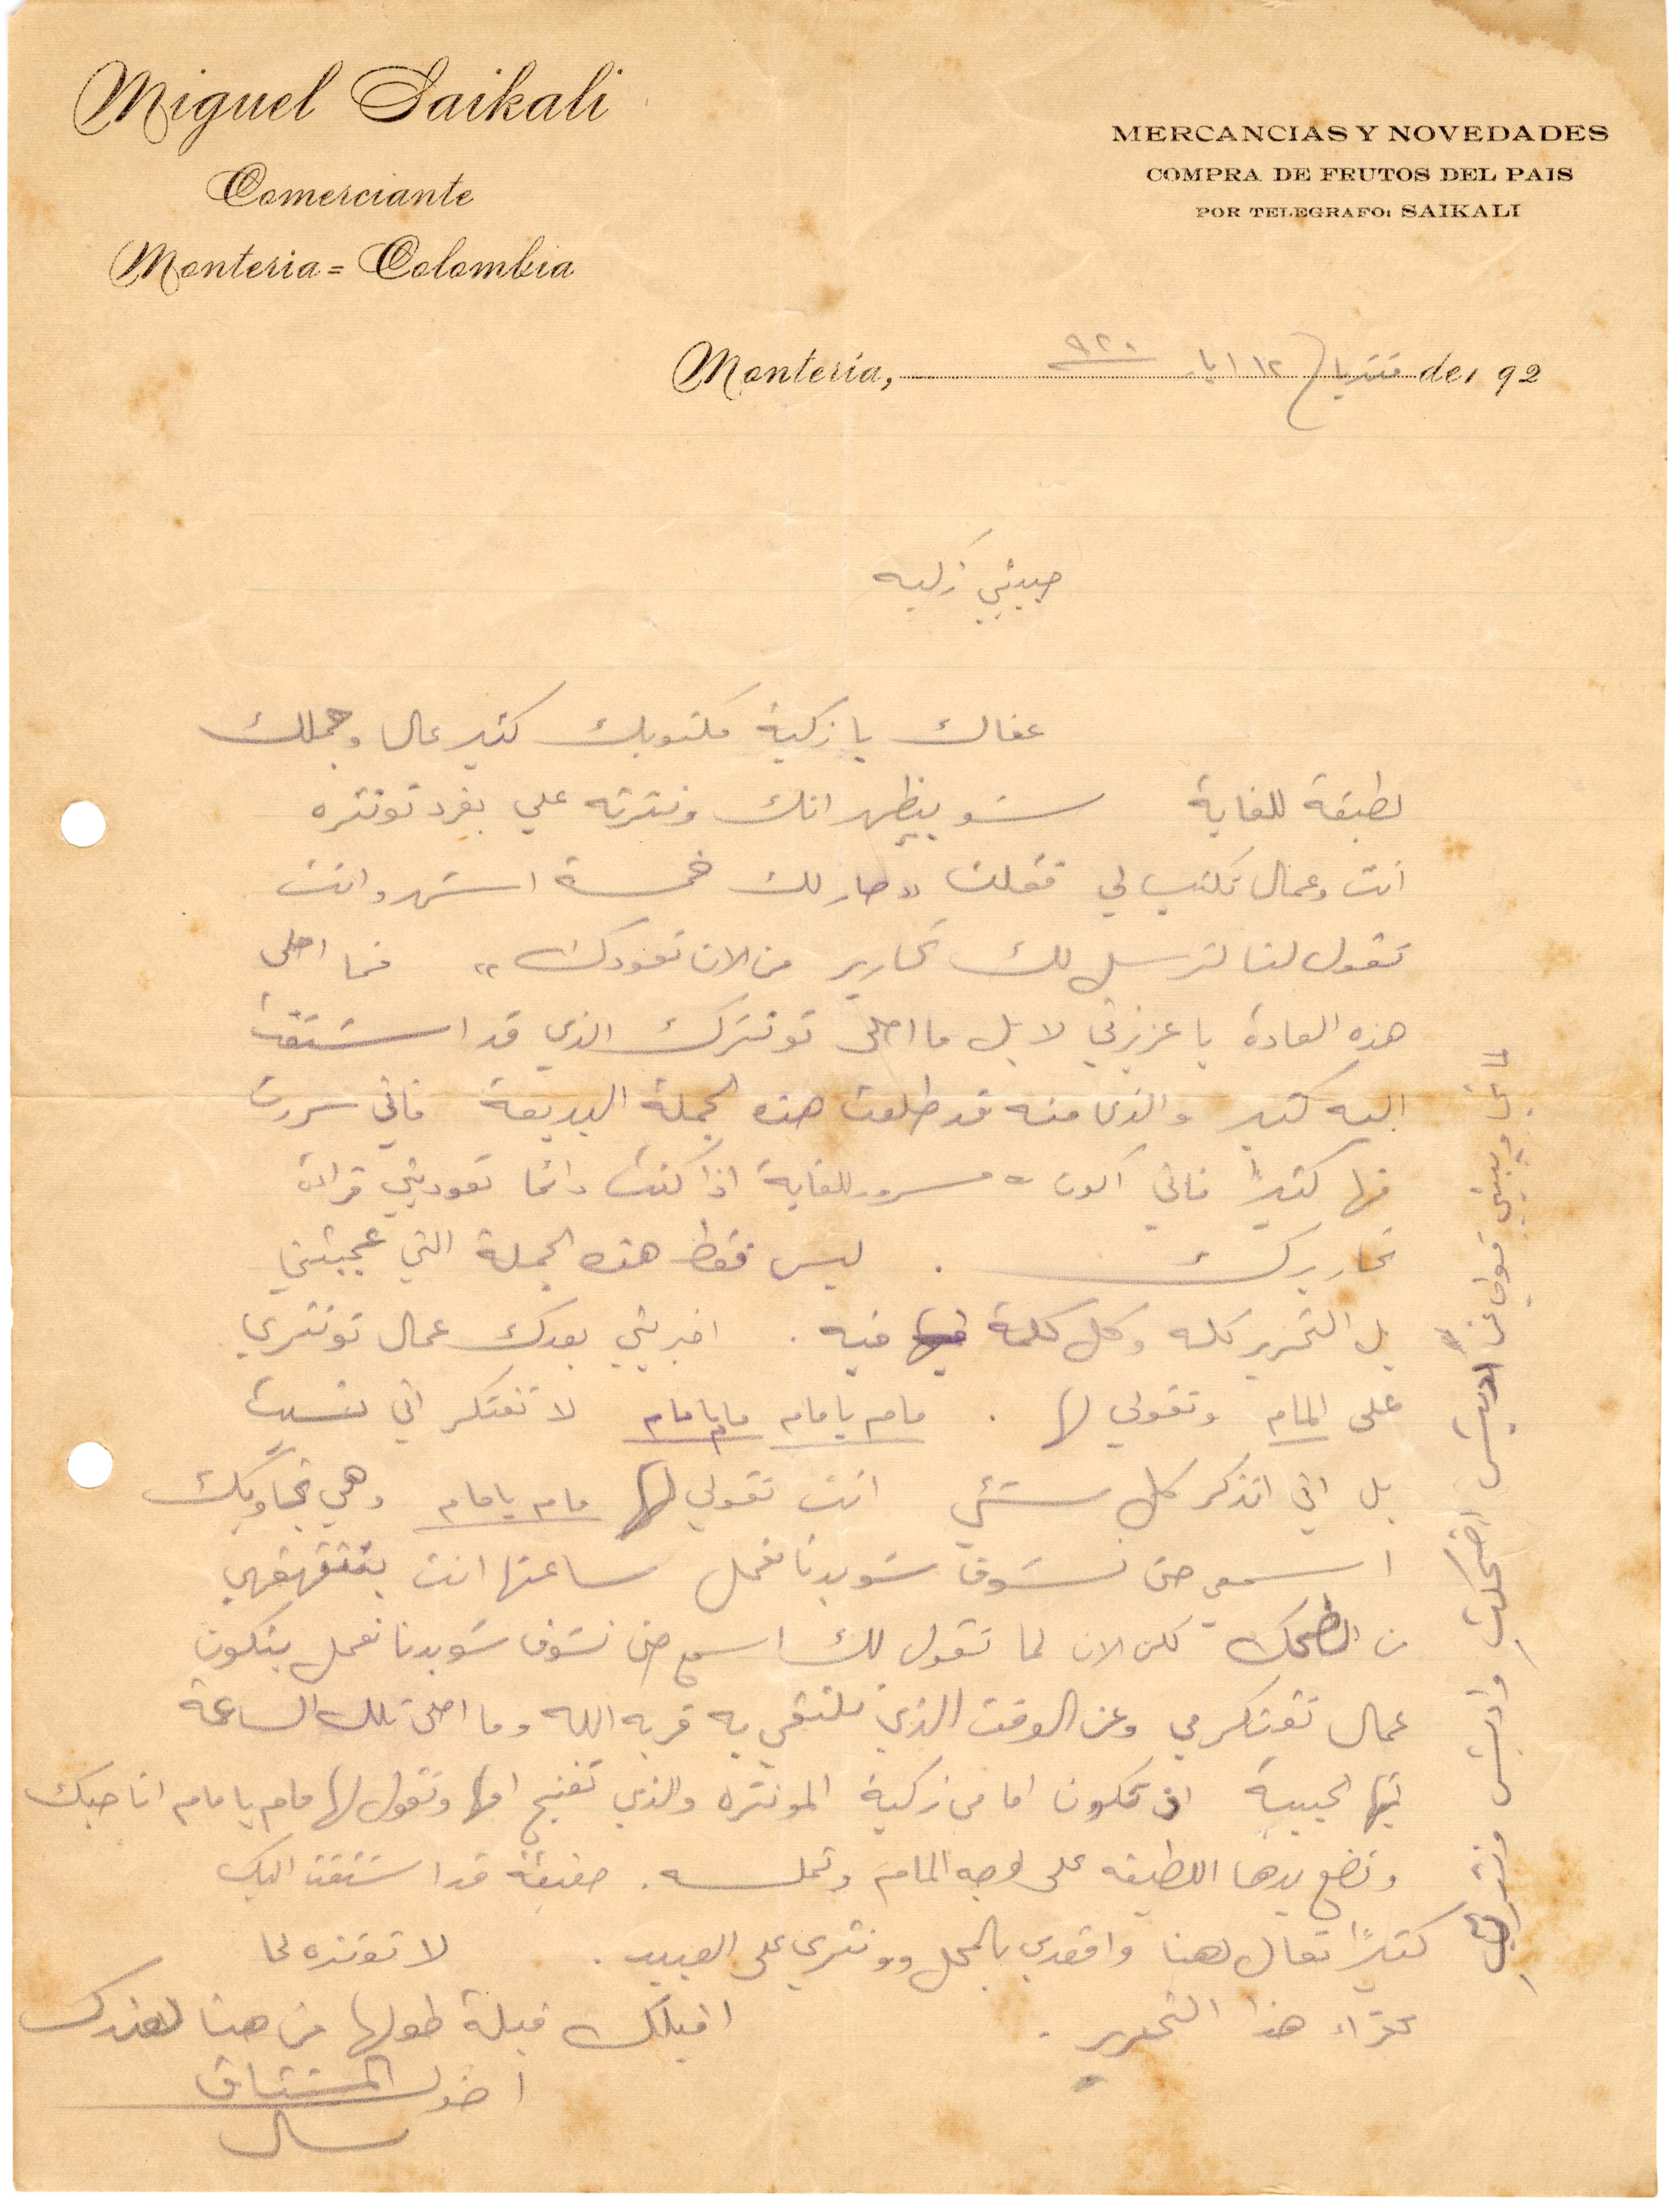
حبيبتي زكيه
عفاك يا زكية مكتوبك كثير عال وحملك
لطبقة للغاية شو بيظهر انك ونثرته على بفرد تونثره
انت وعمال تكتب لي فقلت "صار لك خمسة اشهر وانت
تقول لنا لترسل لك تحارير من الآن تعودك" فما احلى
هذه العادة يا عزيزتي لا بل ما احلى توترك الذي قد اشتقت
اليه كثيرًا والذي منه قد طلعت هذه الجملة البديعة. فاني سررت
فيها كثيرًا فاني أكون مسرور للغاية اذا كنت دائمًا تعوديني قراءة
تحاريرك. ليس فقط هذه الجملة التي عجبتني
بل التحرير كله وكل كلمة فيه. اخبريني بعدك عمال توتتري
على المام وتقولي لها. مام يا مام مام يا مام لا تفتكر اني نسيت
بل اني أتذكر كل شيء انت تقولي لها مام يا مام وهي تجاوبك
اسمعي حتى تشوف شو بدنا نعمل ساعتها انت بتتقهقهي
من الضحك كلن الان لما تقول لك اسمع حتى نشوف شو بدنا نعمل يتكون
عمال تفتكر في وعن الوقت الذي نلتقي بخ قربه الله وما احلى تلك الساعة
أيها الحبيبة اذ تكون اما من زكيه المونترة والذي تغنج أمها وتقول لها مام يا مام انا حبك
وتضع يدها اللطيفة على وجه المام وتملسه. حقيقة قدا استقلت اليك
لا توتره لما
كثيرًا تعال لهنا واقعدي بالمحل ونثري على العبيد.
كفراء هذا التحرير
اقبلك قبلة طولها من هنا لعندك
اخوك المشتاق